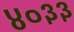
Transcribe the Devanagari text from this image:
४०३३